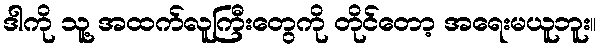
ဒါကို သူ့ အထက်လူကြီးတွေကို တိုင်တော့ အရေးမယူဘူး။